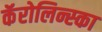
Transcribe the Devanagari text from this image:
कॅरोलिन्स्का